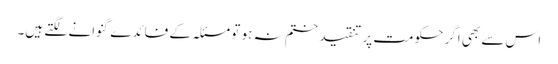
اس سے بھی اگر حکومت پر تنقید ختم نہ ہو تو مسئلہ کے فائدے گنوانے لگتے ہیں۔